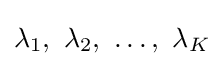
{\textstyle \lambda _{1},\ \lambda _{2},\ \ldots ,\ \lambda _{K}}